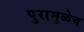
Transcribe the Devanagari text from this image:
पुरामुळेच